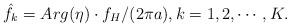
LaTeX: \begin{align*} {\hat{f}_k}={Arg(\eta)\cdot f_{H}}/{(2\pi a)}, k=1,2,\cdots,K.\end{align*}